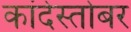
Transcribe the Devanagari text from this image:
कांदेस्तोबर